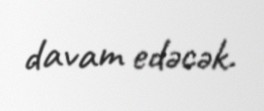
davam edəcək.